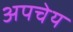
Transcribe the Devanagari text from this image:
अपचेय